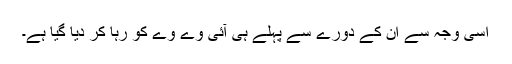
اسی وجہ سے اُن کے دورے سے پہلے ہی آئی وے وے کو رہا کر ديا گيا ہے۔